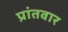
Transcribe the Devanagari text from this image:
प्रांतवार